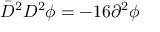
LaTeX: \bar { D } ^ { 2 } D ^ { 2 } \phi = - 1 6 \partial ^ { 2 } \phi